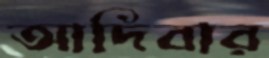
আদিবার